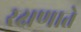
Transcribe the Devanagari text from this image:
रक्षणाते